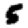
Digit: 5